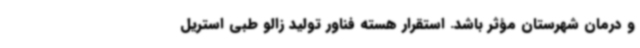
و درمان شهرستان مؤثر باشد. استقرار هسته فناور تولید زالو طبی استریل